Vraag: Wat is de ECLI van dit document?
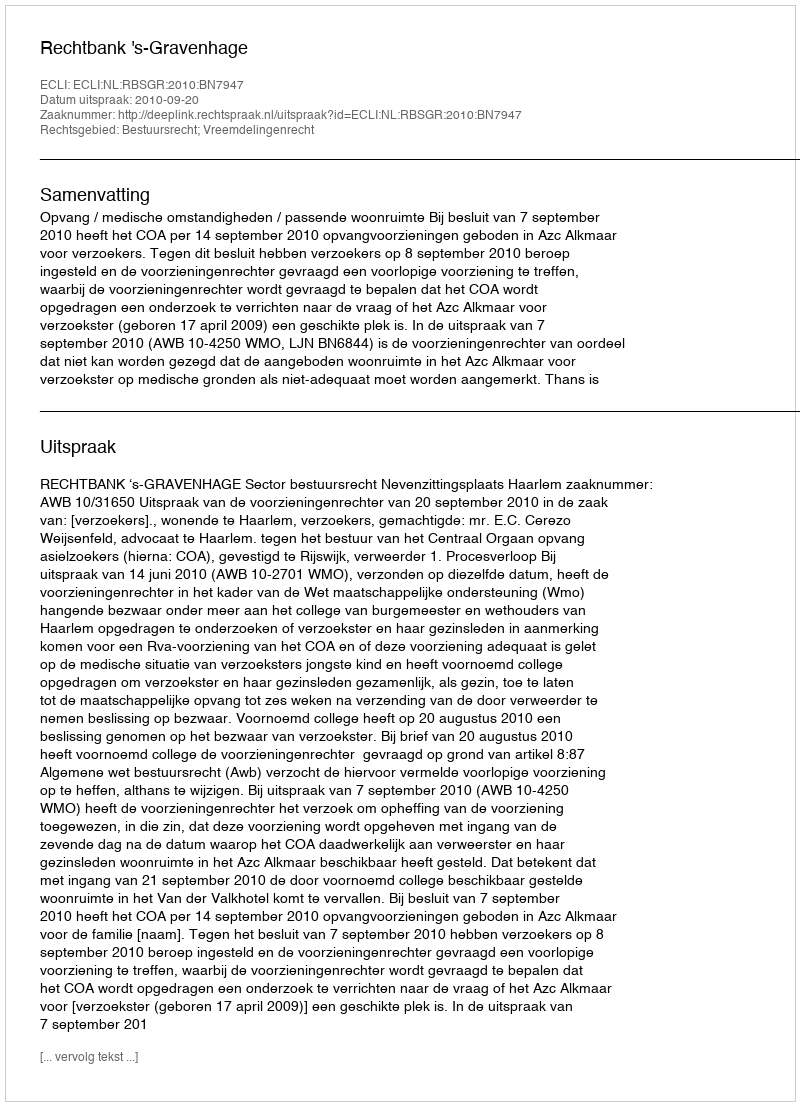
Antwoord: ECLI:NL:RBSGR:2010:BN7947